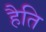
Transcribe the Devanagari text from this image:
हैति